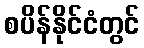
စပိန်နိုင်ငံတွင်